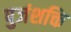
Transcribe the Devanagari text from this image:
पुजंशक्ति